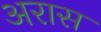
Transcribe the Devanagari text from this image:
अरास